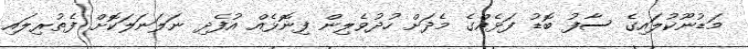
މަޑުނޫކުލައިގެ ސާފު ބޮޑު ފަޅެއްގެ މެދަށް ހުދުވެލިން ފިނޮޅެއް އުފެދި ނަލަނަލަކޮށް ފެތުރިލައި